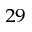
^ { 2 9 }